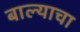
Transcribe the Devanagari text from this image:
बाल्याचा